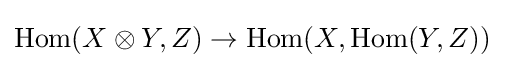
{\text{Hom}}(X\otimes Y,Z)\to {\text{Hom}}(X,{\text{Hom}}(Y,Z))